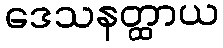
ဒေသနတ္ထာယ